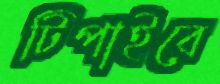
টিপাইবে